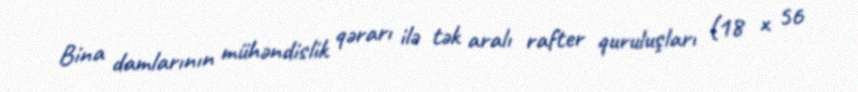
Bina damlarının mühəndislik qərarı ilə tək aralı rafter quruluşları (18 x 56